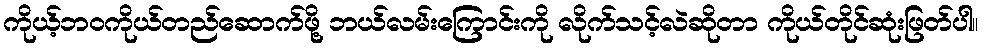
ကိုယ့်ဘဝကိုယ်တည်ဆောက်ဖို့ ဘယ်လမ်းကြောင်းကို လိုက်သင့်လဲဆိုတာ ကိုယ်တိုင်ဆုံးဖြတ်ပါ။